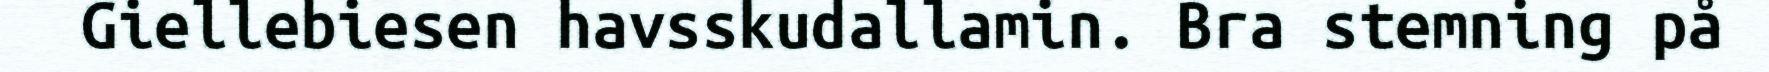
Giellebiesen havsskudallamin. Bra stemning på